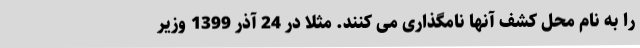
را به نام محل کشف آنها نامگذاری می کنند. مثلاً در 24 آذر 1399 وزیر